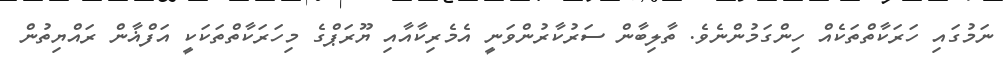
ނަމުގައި ހަރަކާތްތަކެއް ހިންގަމުންނެވެ. ތާލިބާން ސަރުކާރުންވަނީ އެމެރިކާއާއި ޔޫރަޕްގެ މިހަރަކާތްތަކަކީ އަފްޣާން ރައްޔިތުން